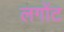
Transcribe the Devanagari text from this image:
लगोंट